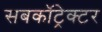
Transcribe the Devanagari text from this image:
सबकॉट्रेक्टर